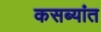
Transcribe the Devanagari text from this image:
कसब्यांत